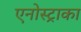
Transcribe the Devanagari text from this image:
एनोस्ट्राका